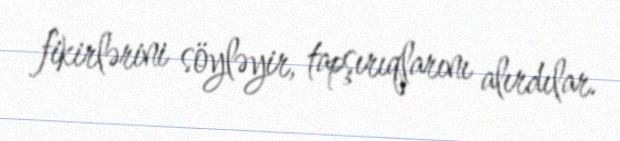
fikirlərini söyləyir, tapşırıqlarını alırdılar.